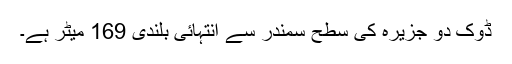
ڈوک دو جزیرہ کی سطح سمندر سے انتہائی بلندی 169 میٹر ہے۔